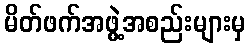
မိတ်ဖက်အဖွဲ့အစည်းများမှ